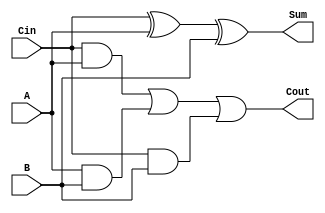
// Dataflow implementation of a single bit full adder
module fa (
  input Cin, A, B,
  output Cout, Sum
);

  assign Sum = Cin ^ A ^ B;
  assign Cout = ( Cin & A ) | ( A & B ) | ( Cin & B );

endmodule

// Structural 4-bit adder
module fa4bit (
  input [3:0] A, B,
  output [4:0] F
);

  wire w1, w2, w3;
  wire Cin_tied;

  assign Cin_tied = 1'b0;

  fa U0 ( Cin_tied, A[0], B[0], w1, F[0] );
  fa U1 ( w1, A[1], B[1], w2, F[1] );
  fa U2 ( w2, A[2], B[2], w3, F[2] );
  fa U3 ( w3, A[3], B[3], F[4], F[3] );

endmodule

// Structural 5-bit subtractor
module sub5bit (
  input [4:0] A, B,
  output [4:0] F
);

  wire [4:0] B_n;
  wire w1, w2, w3, w4;
  wire Cout, Cin_tied;

  // Invert the bits of B
  assign B_n = ~B;

  // adds one to ~B for 2's complement
  assign Cin_tied = 1'b1;

  fa U0 ( Cin_tied, A[0], B_n[0], w1, F[0] );
  fa U1 ( w1, A[1], B_n[1], w2, F[1] );
  fa U2 ( w2, A[2], B_n[2], w3, F[2] );
  fa U3 ( w3, A[3], B_n[3], w4, F[3] );
  fa U4 ( w4, A[4], B_n[4], Cout, F[4] );

endmodule